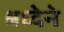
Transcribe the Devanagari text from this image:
श्रध्देने